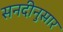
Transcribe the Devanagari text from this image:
सनदीनुसार